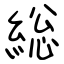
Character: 総